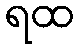
ရထ